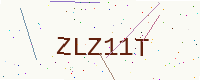
Text: ZLZ11T